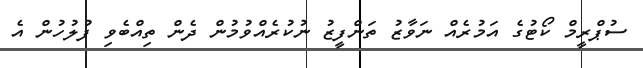
ސުޕްރީމް ކޯޓުގެ އަމުރެއް ނަވާޒު ތަންފީޒު ނުކުރެއްވުމުން ދެން ތިއްބެވި ފުލުހުން އެ